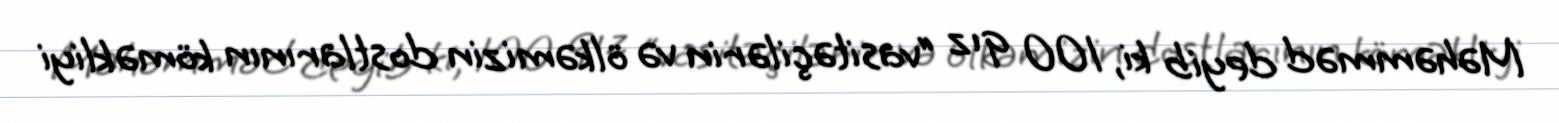
Məhəmməd deyib ki, 100 qız “vasitəçilərin və ölkəmizin dostlarının köməkliyi